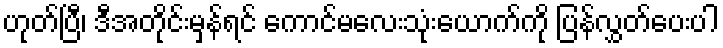
ဟုတ်ပြီ၊ ဒီအတိုင်းမှန်ရင် ကောင်မလေးသုံးယောက်ကို ပြန်လွှတ်ပေးပါ